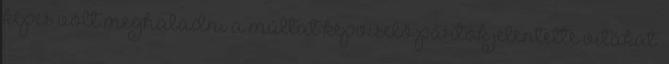
képes volt meghaladni a múltat képviselő pártok jelentette vitákat.